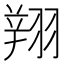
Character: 𦑒